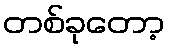
တစ်ခုတော့